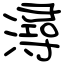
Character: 潯